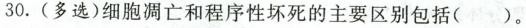
30.(多选)细胞凋亡和程序性坏死的主要区别包括（ ）。